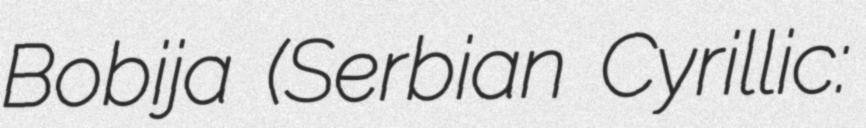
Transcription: Bobija (Serbian Cyrillic: